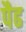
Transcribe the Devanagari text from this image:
पैढ